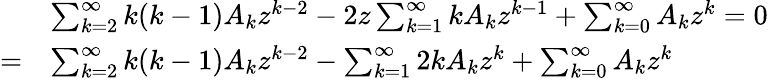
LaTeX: {\begin{array}{rl}&{\sum_{k=2}^{\infty}k(k-1)A_{k}z^{k-2}-2z\sum_{k=1}^{\infty}kA_{k}z^{k-1}+\sum_{k=0}^{\infty}A_{k}z^{k}=0}\\ {=}&{\sum_{k=2}^{\infty}k(k-1)A_{k}z^{k-2}-\sum_{k=1}^{\infty}2kA_{k}z^{k}+\sum_{k=0}^{\infty}A_{k}z^{k}}\end{array}}